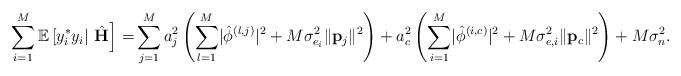
LaTeX: \begin{align*} \sum_{i=1}^M\mathbb{E}\left[y_i^*y_i|\right.\left.\hat{\mathbf{H}}\right] =&\sum_{j=1}^{M}a_j^2\left(\sum_{l=1}^M\lvert\hat{\phi}^{\left(l,j\right)}\rvert^2+M\sigma_{e_i}^2\lVert\mathbf{p}_j\rVert^2\right)+a_c^2\left(\sum_{i=1}^M\lvert\hat{\phi}^{\left(i,c\right)}\rvert^2+M\sigma_{e,i}^2\lVert\mathbf{p}_c\rVert^2\right)+M\sigma_n^2. \end{align*}